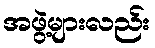
အဖွဲ့များလည်း